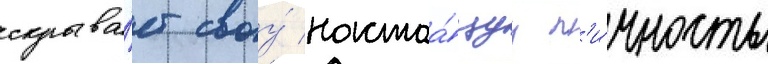
скрыва́ет своу́ настоа́щуу л'и́чность